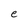
Character: e